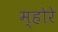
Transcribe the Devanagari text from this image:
म्होरे